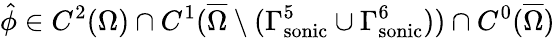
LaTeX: \hat{\phi}\in C^{2}(\Omega)\cap C^{1}(\overline{{\Omega}}\setminus({\Gamma_{\mathrm{sonic}}^{5}}\cup{\Gamma_{\mathrm{sonic}}^{6}}))\cap C^{0}(\overline{{\Omega}})